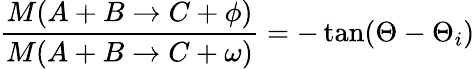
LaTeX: \frac{M(A+B\rightarrow C+\phi)}{M(A+B\rightarrow C+\omega)}=-\tan(\Theta-\Theta_{i})